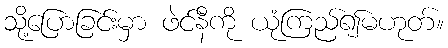
သို့ပြောခြင်းမှာ ဖဲင်နီကို ယုံကြည်၍မဟုတ်။